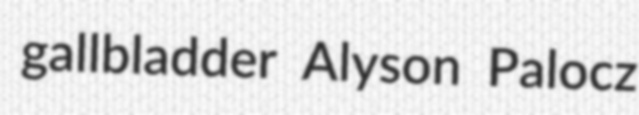
gallbladder Alyson Palocz